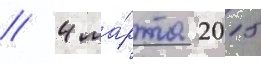
// 4 ма́рта 2015